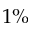
1 \%